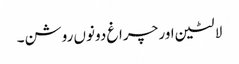
لالٹین اور چراغ دونوں روشن۔